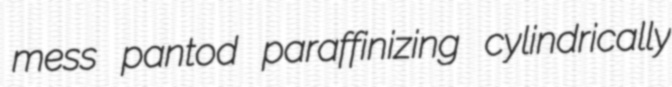
mess pantod paraffinizing cylindrically